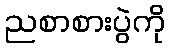
ညစာစားပွဲကို